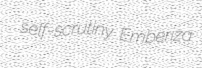
self-scrutiny Emberiza